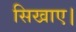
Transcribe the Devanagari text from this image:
सिखाए।